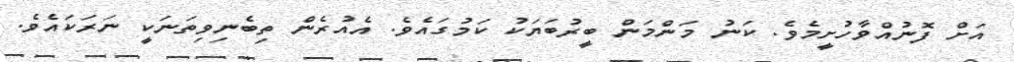
އަށް ފޮނުއްވާހުށީމެވެ. ކަނު މަންމަން ބީރުބަޔަކު ކަމުގައެވެ. އެއުރެން ތިބެނިވިތަނަކީ ނަރަކައެވެ.